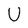
Character: U